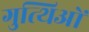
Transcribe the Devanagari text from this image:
गुत्थिओं